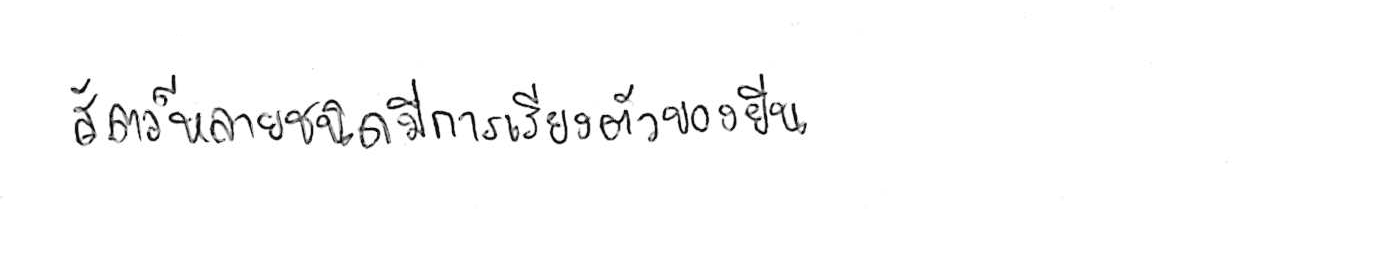
สัตว์หลายชนิดมีการเรียงตัวของยีน